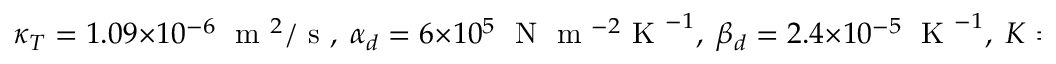
\kappa _ { T } = 1 . 0 9 \times 1 0 ^ { - 6 } \; \mathrm { ~ m ~ } ^ { 2 } / \mathrm { ~ s ~ } , \; \alpha _ { d } = 6 \times 1 0 ^ { 5 } \; \mathrm { ~ N ~ } \mathrm { ~ m ~ } ^ { - 2 } \mathrm { ~ K ~ } ^ { - 1 } , \; \beta _ { d } = 2 . 4 \times 1 0 ^ { - 5 } \; \mathrm { ~ K ~ } ^ { - 1 } , \; K = 2 . 5 \times 1 0 ^ { 1 0 } \; \mathrm { ~ P ~ a ~ }